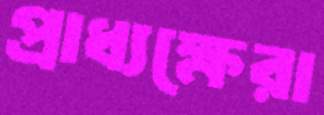
প্রাধ্যক্ষেরা